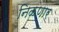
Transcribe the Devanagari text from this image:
निळणार